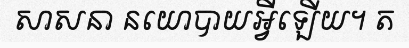
សាសនា នយោបាយអ្វីឡើយ។ ត